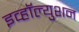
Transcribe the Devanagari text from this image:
इव्हॉल्युशन